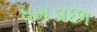
ધમડાછા